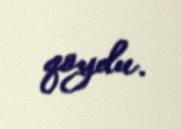
qoydu.